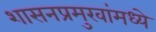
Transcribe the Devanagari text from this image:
शासनप्रमुखांमध्ये